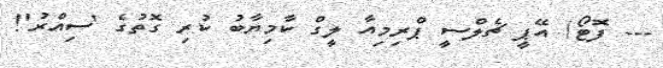
--- ފޮޓޯ/ އޭޕީ ޗެލްސީ ޕްރިމިއާ ލީގް ކާމިޔާބު ކުރި ގޮތުގެ 'ސިއްރު'!